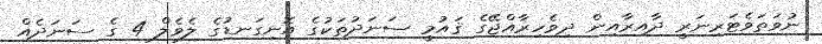
ނުވަތަވެޓަރިނަރީ ދާއިރާއިން ދިވެހިރާއްޖޭގެ ޤައުމީ ސަނަދުތަކުގެ އޮނިގަނޑުގެ ލެވެލް 4 ގެ ސަނަދެއް